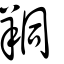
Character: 𦍻